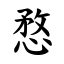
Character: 愗